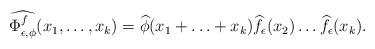
LaTeX: \begin{align*}\widehat{\Phi_{\epsilon,\phi}^f}(x_1,\ldots,x_k)=\widehat{\phi}(x_1+\ldots+x_k)\widehat{f_\epsilon}(x_2) \ldots \widehat{f_\epsilon}(x_k).\end{align*}